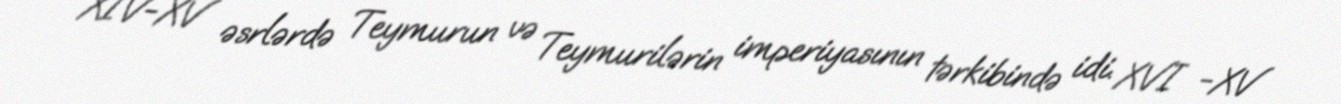
XIV-XV əsrlərdə Teymurun və Teymurilərin imperiyasının tərkibində idi. XVI -XV